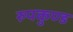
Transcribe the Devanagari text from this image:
रुपकुण्ड